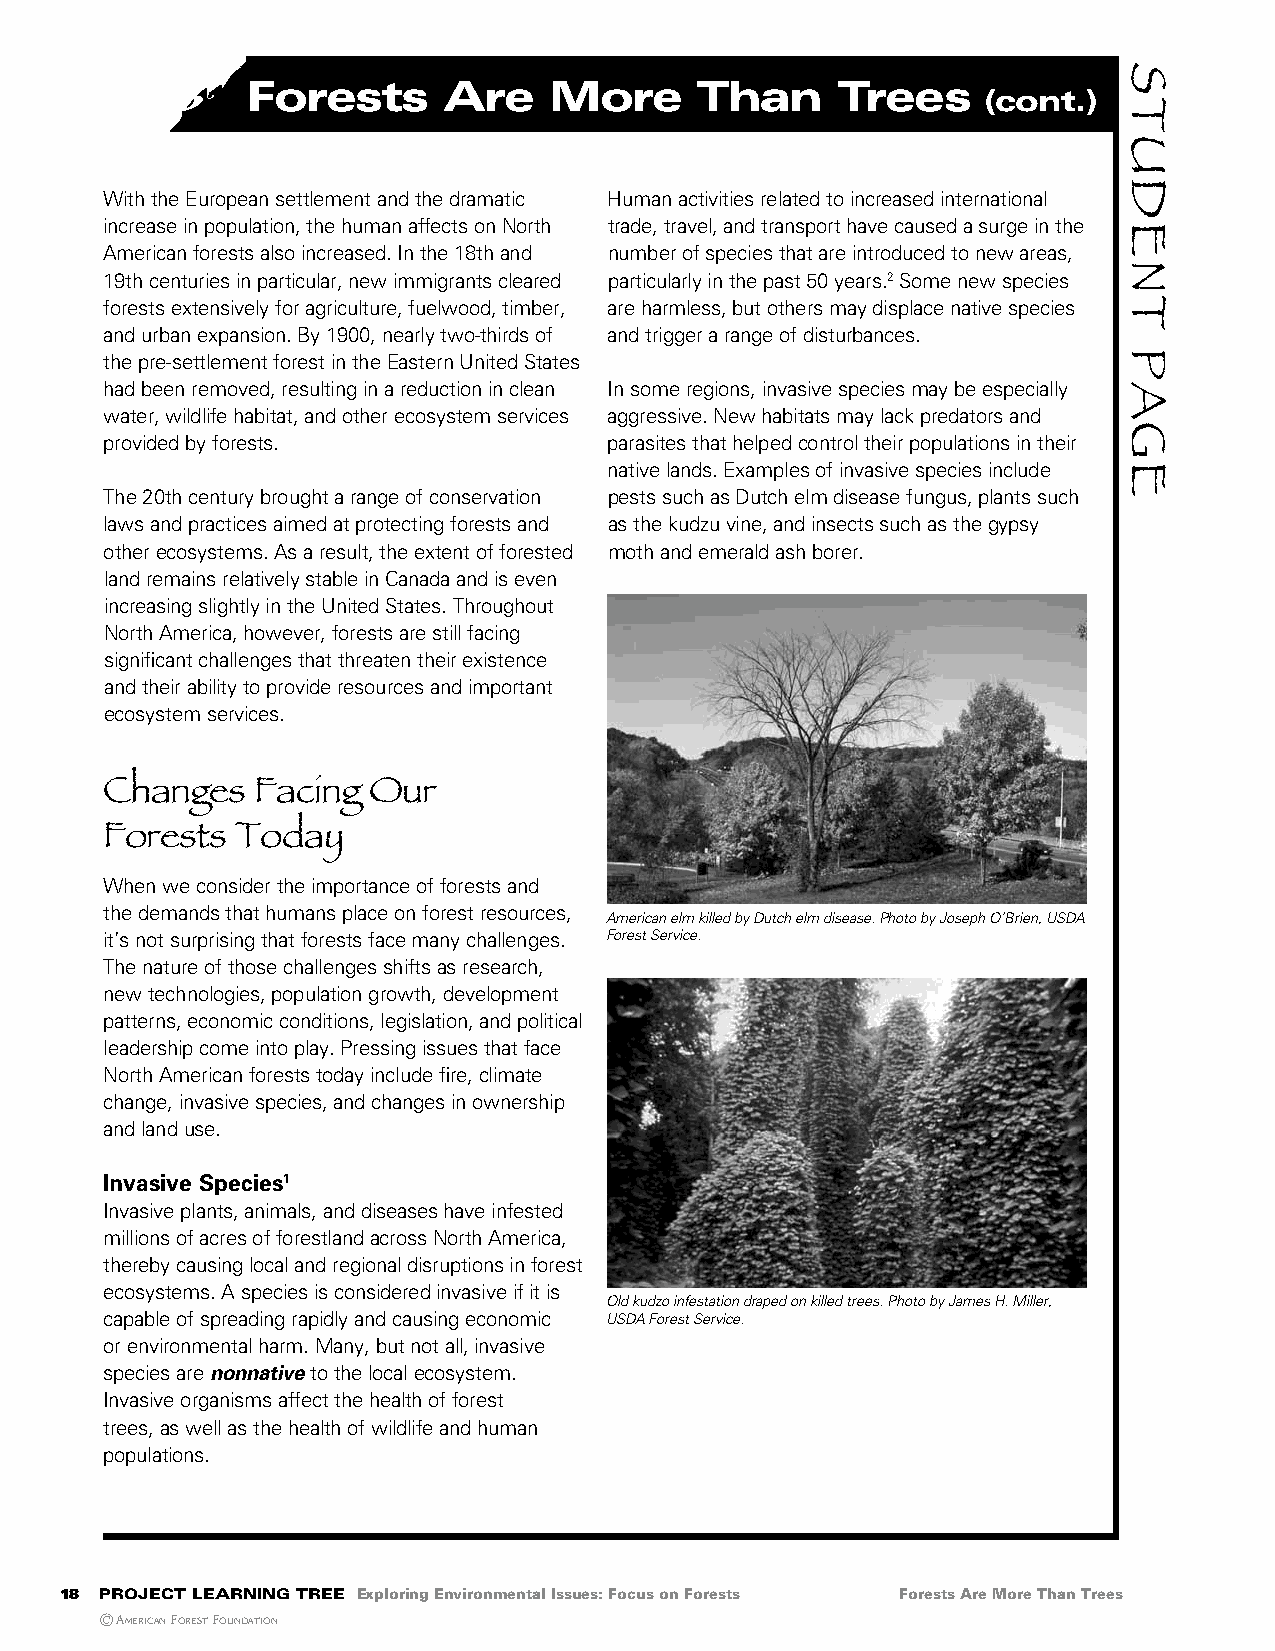
Forests      are     More     than      trees
 (cont.)
 With the European settlement and the dramatic Human activities related to increased international
 increase in population, the human affects on North trade, travel, and transport have caused a surge in the
 American forests also increased. In the 18th and number of species that are introduced to new areas,
 19th centuries in particular, new immigrants cleared particularly in the past 50 years.2 Some new species
 forests extensively for agriculture, fuelwood, timber, are harmless, but others may displace native species
 and urban expansion. By 1900, nearly two-thirds of and trigger a range of disturbances.
 the pre-settlement forest in the Eastern United States
 had been removed, resulting in a reduction in clean In some regions, invasive species may be especially
 water, wildlife habitat, and other ecosystem services aggressive. New habitats may lack predators and
 provided by forests.             parasites that helped control their populations in their
 native lands. Examples of invasive species include
 The 20th century brought a range of conservation pests such as Dutch elm disease fungus, plants such
 laws and practices aimed at protecting forests and as the kudzu vine, and insects such as the gypsy
 other ecosystems. As a result, the extent of forested moth and emerald ash borer.
 land remains relatively stable in Canada and is even
 increasing slightly in the United States. Throughout
 North America, however, forests are still facing
 significant challenges that threaten their existence
 and their ability to provide resources and important
 ecosystem services.
 changes   Facing Our
 Forests  Today
 When we consider the importance of forests and
 the demands that humans place on forest resources,
 American elm killed by Dutch elm disease. Photo by Joseph O’Brien, USDA
 it’s not surprising that forests face many challenges. Forest Service.
 The nature of those challenges shifts as research,
 new technologies, population growth, development
 patterns, economic conditions, legislation, and political
 leadership come into play. Pressing issues that face
 North American forests today include fire, climate
 change, invasive species, and changes in ownership
 and land use.
 Invasive Species1
 Invasive plants, animals, and diseases have infested
 millions of acres of forestland across North America,
 thereby causing local and regional disruptions in forest
 ecosystems. A species is considered invasive if it is
 Old kudzo infestation draped on killed trees. Photo by James H. Miller,
 capable of spreading rapidly and causing economic USDA Forest Service.
 or environmental harm. Many, but not all, invasive
 species are nonnative to the local ecosystem.
 Invasive organisms affect the health of forest
 trees, as well as the health of wildlife and human
 populations.
 18 project learning tree Exploring Environmental Issues: Focus on Forests Forests Are More Than Trees
 © AmericAn Forest FoundAtion
 STUDenT
 PAge